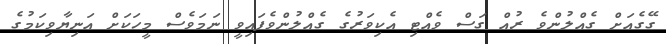
ގޭގެއަށް ގެއްލުންވެ ރުއް ގަސް ވެއްޓި އެކިވަރުގެ ގެއްލުންވެފައިވީ ނަމަވެސް މީހަކަށް އަނިޔާވިކަމުގެ